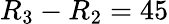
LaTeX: R_{3}-R_{2}=45